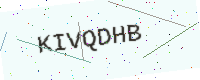
Text: KIVQDHB